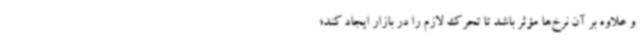
و علاوه بر آن نرخ‌ها مؤثر باشد تا تحرک لازم را در بازار ایجاد کند؛